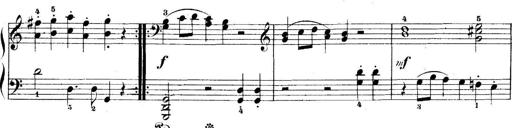
Title: 5 Sonatinas
Composer: Theodor Kirchner